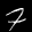
Label: 7